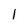
Character: l